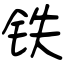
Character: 铁